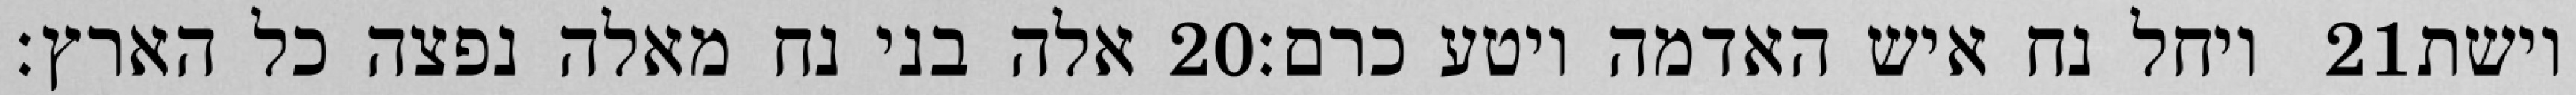
אלה בני נח מאלה נפצה כל הארץ׃ ‎20‏ ויחל נח איש האדמה ויטע כרם׃ ‎21‏ וישת